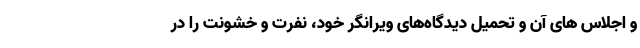
و اجلاس های آن و تحمیل دیدگاه‌های ویرانگر خود، نفرت و خشونت را در